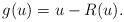
LaTeX: \begin{align*} g(u) = u - R(u).\end{align*}